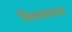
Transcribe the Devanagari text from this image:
भिरकावल्या